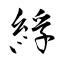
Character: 綒